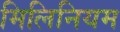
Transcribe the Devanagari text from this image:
मिलिनियम